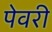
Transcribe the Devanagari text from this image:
पेवरी